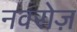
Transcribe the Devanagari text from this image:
नवरोज़